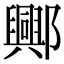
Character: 𨞾